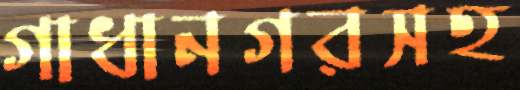
গাধানগরসহ